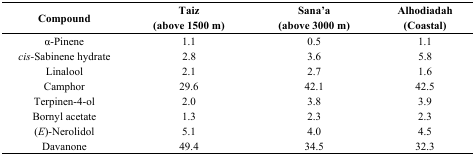
<table><thead><tr><td><b>Compound</b></td><td><b>Taiz (above 1500 m)</b></td><td><b>Sana’a (above 3000 m)</b></td><td><b>Alhodiadah (Coastal)</b></td></tr></thead><tbody><tr><td>α-Pinene</td><td>1.1</td><td>0.5</td><td>1.1</td></tr><tr><td><i>cis-</i>Sabinene hydrate</td><td>2.8</td><td>3.6</td><td>5.8</td></tr><tr><td>Linalool</td><td>2.1</td><td>2.7</td><td>1.6</td></tr><tr><td>Camphor</td><td>29.6</td><td>42.1</td><td>42.5</td></tr><tr><td>Terpinen-4-ol</td><td>2.0</td><td>3.8</td><td>3.9</td></tr><tr><td>Bornyl acetate</td><td>1.3</td><td>2.3</td><td>2.3</td></tr><tr><td>(<i>E</i>)-Nerolidol</td><td>5.1</td><td>4.0</td><td>4.5</td></tr><tr><td>Davanone</td><td>49.4</td><td>34.5</td><td>32.3</td></tr></tbody></table>